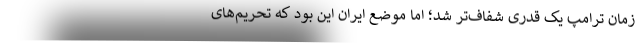
زمان ترامپ یک قدری شفاف‌تر شد؛‌ امّا موضع ایران این بود که تحریم‌های